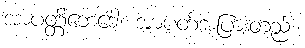
အာပတ္တိဘေဒေါ၊ အာပတ်အပြားတည်း၊